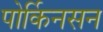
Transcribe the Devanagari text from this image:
पोर्किनसन